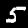
Label: 5